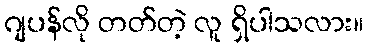
ဂျပန်လို တတ်တဲ့ လူ ရှိပါသလား။